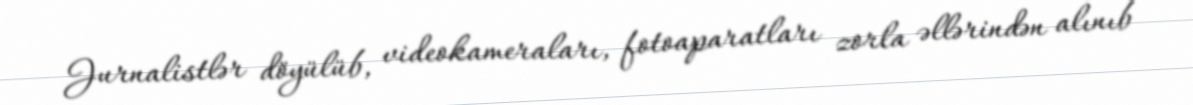
Jurnalistlər döyülüb, videokameraları, fotoaparatları zorla əllərindən alınıb